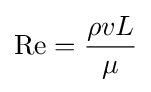
\mathrm {Re} ={\frac {\rho vL}{\mu }}